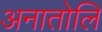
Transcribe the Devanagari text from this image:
अनातोलि